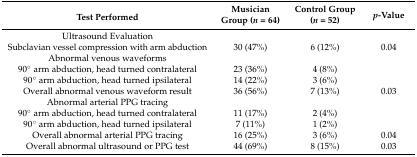
<table><thead><tr><td><b>Test Performed</b></td><td><b>Musician Group (<i>n =</i> 64)</b></td><td><b>Control Group (<i>n =</i> 52)</b></td><td><b><i>p</i>-Value</b></td></tr></thead><tbody><tr><td>Ultrasound Evaluation</td><td></td><td></td><td></td></tr><tr><td>Subclavian vessel compression with arm abduction</td><td>30 (47%)</td><td>6 (12%)</td><td>0.04</td></tr><tr><td>Abnormal venous waveforms</td><td></td><td></td><td></td></tr><tr><td>90° arm abduction, head turned contralateral</td><td>23 (36%)</td><td>4 (8%)</td><td></td></tr><tr><td>90° arm abduction, head turned ipsilateral</td><td>14 (22%)</td><td>3 (6%)</td><td></td></tr><tr><td>Overall abnormal venous waveform result</td><td>36 (56%)</td><td>7 (13%)</td><td>0.03</td></tr><tr><td>Abnormal arterial PPG tracing</td><td></td><td></td><td></td></tr><tr><td>90° arm abduction, head turned contralateral</td><td>11 (17%)</td><td>2 (4%)</td><td></td></tr><tr><td>90° arm abduction, head turned ipsilateral</td><td>7 (11%)</td><td>1 (2%)</td><td></td></tr><tr><td>Overall abnormal arterial PPG tracing</td><td>16 (25%)</td><td>3 (6%)</td><td>0.04</td></tr><tr><td>Overall abnormal ultrasound or PPG test</td><td>44 (69%)</td><td>8 (15%)</td><td>0.03</td></tr></tbody></table>